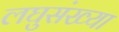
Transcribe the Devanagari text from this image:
लघुसंख्या